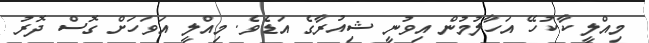
މިއްލީ ކާކުހޭ އަހާލުމުން އިވުނީ ޝިއުރާގެ އަޑެވެ. މިއްލީ އަވަހަށް ގޮސް ދޮރު